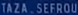
TAZA SEFROU